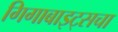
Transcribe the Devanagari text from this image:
गिगाबाइट्सचा